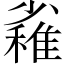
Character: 𱚪